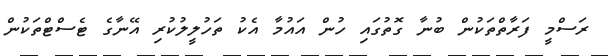
ރަސްމީ ފަރާތްތަކުން ބުނާ ގޮތުގައި ހުން އައުމާ އެކު ތަހުލީލުކުރި އޭނާގެ ޓެސްޓްތަކުން